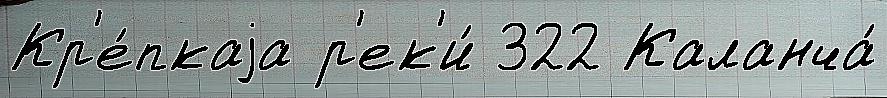
Кр'е́пкаjа р'ек'и́ 322 Каланча́